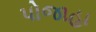
પોજાહા